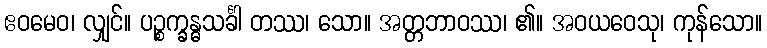
ဧဝမေဝ၊ လျှင်။ ပဉ္စက္ခန္ဓသင်္ခါ တဿ၊ သော။ အတ္တဘာဝဿ၊ ၏။ အဝယဝေသု၊ ကုန်သော။